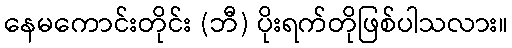
နေမကောင်းတိုင်း (ဘီ) ပိုးရက်တိုဖြစ်ပါသလား။